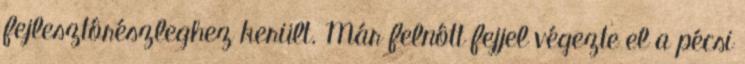
fejlesztôrészleghez került. Már felnôtt fejjel végezte el a pécsi